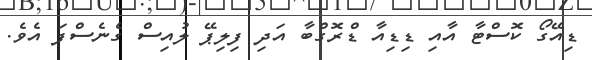
ޑިއޭގޯ ކޮސްޓާ އާއި ޑިޑިއާ ޑްރޮގްބާ އަދި ފިލިޕޭ ލުއިސް ގެނެސްފަ އެވެ.